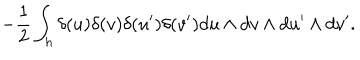
- { \frac { 1 } { 2 } } \int _ { h } \delta ( u ) \delta ( v ) \delta ( u ^ { \prime } ) \delta ( v ^ { \prime } ) d u \wedge d v \wedge d u ^ { \prime } \wedge d v ^ { \prime } .